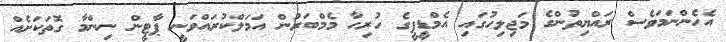
އެހެންނަމަވެސް ރައްޔިތުންގެ މަޖިލިހުގައި އެމްޑީޕީގެ ހުރިހާ މެމްބަރުން އަމަލްކުރައްވަނީ ޕާޓީން ނިންމާ ގޮތަކަށެއް